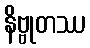
နိဗ္ဗုတဿ